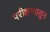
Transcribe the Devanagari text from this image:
परीक्षणातुन